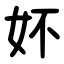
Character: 妚